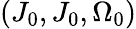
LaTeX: (J_{0},J_{0},\Omega_{0})